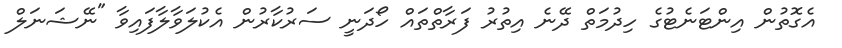
އެގޮތުން އިންޓަނެޓުގެ ހިދުމަތް ދޭނެ އިތުރު ފަރާތްތައް ހޯދަނީ ސަރުކާރުން އެކުލަވާލާފައިވާ "ނޭޝަނަލް